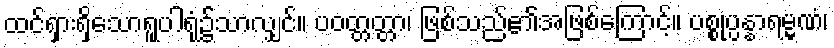
ထင်ရှားရှိသောရူပါရုံ၌သာလျှင်။ ပဝတ္တတ္တာ၊ ဖြစ်သည်၏အဖြစ်ကြောင့်။ ပစ္စုပ္ပန္နာရမ္မဏံ၊